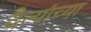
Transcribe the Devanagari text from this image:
दैत्यांच्या